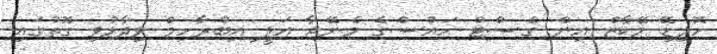
ހޮލިޑޭ މޭކާޒް އިން ގެސްޓް ހައުސްގެ މެނޭޖާ އަލީ އިބްރާހިމް ވިދާޅުވި ގޮތުގައި